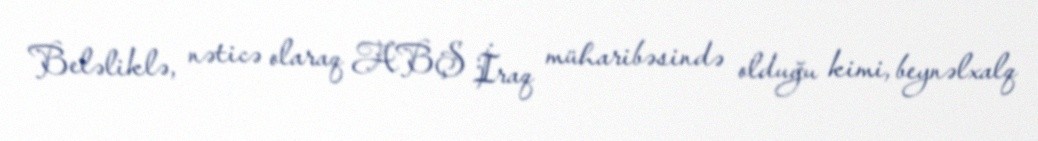
Beləliklə, nəticə olaraq ABŞ İraq müharibəsində olduğu kimi, beynəlxalq